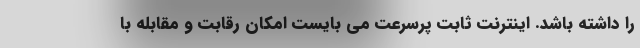
را داشته باشد. اینترنت ثابت پرسرعت می بایست امکان رقابت و مقابله با